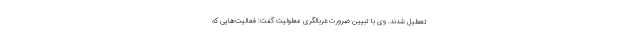
تعطیل شدند. وی با تبیین ضرورت غربالگری معلولیت گفت: فعالیت‌هایی که